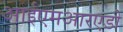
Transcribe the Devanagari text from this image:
आईएमआरएडी